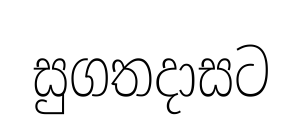
සුගතදාසට